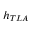
h _ { T L A }